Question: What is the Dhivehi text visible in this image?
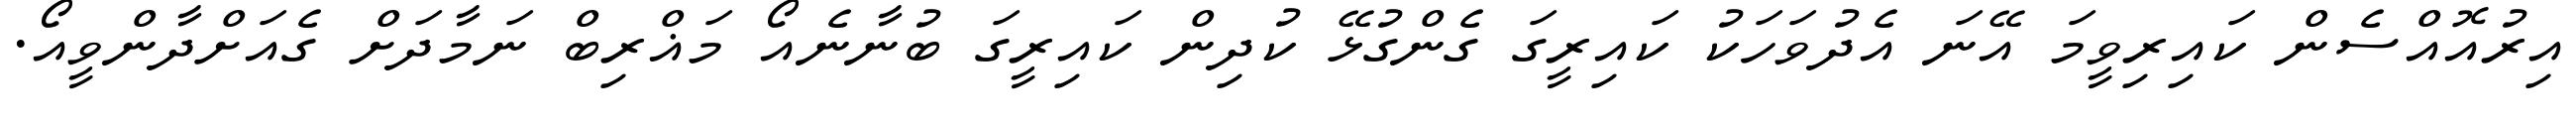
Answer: އިރުއޮއްސެން ކައިރިވީމަ އޭނަ އެދުވަހަކު ކައިރީގަ ގެންގުޅޭ ކުދިން ކައިރީގަ ބުނާނެއޯ މަޣްރިބް ނަމާދަށް ގެއަށްދާންވީއޯ.